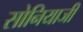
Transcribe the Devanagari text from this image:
सोनियाजी